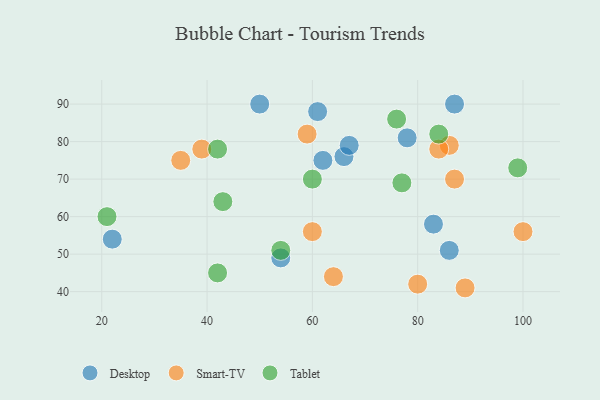
{"axis": {"x": "GDP", "y": "Life Expectancy"}, "legend": ["Desktop", "Smart-TV", "Tablet"], "data": [{"x": "61", "y": 88, "type": "Desktop"}, {"x": "50", "y": 90, "type": "Desktop"}, {"x": "22", "y": 54, "type": "Desktop"}, {"x": "62", "y": 75, "type": "Desktop"}, {"x": "83", "y": 58, "type": "Desktop"}, {"x": "54", "y": 49, "type": "Desktop"}, {"x": "86", "y": 51, "type": "Desktop"}, {"x": "78", "y": 81, "type": "Desktop"}, {"x": "87", "y": 90, "type": "Desktop"}, {"x": "66", "y": 76, "type": "Desktop"}, {"x": "67", "y": 79, "type": "Desktop"}, {"x": "87", "y": 70, "type": "Smart-TV"}, {"x": "60", "y": 56, "type": "Smart-TV"}, {"x": "100", "y": 56, "type": "Smart-TV"}, {"x": "86", "y": 79, "type": "Smart-TV"}, {"x": "89", "y": 41, "type": "Smart-TV"}, {"x": "64", "y": 44, "type": "Smart-TV"}, {"x": "35", "y": 75, "type": "Smart-TV"}, {"x": "80", "y": 42, "type": "Smart-TV"}, {"x": "59", "y": 82, "type": "Smart-TV"}, {"x": "39", "y": 78, "type": "Smart-TV"}, {"x": "84", "y": 78, "type": "Smart-TV"}, {"x": "77", "y": 69, "type": "Tablet"}, {"x": "84", "y": 82, "type": "Tablet"}, {"x": "21", "y": 60, "type": "Tablet"}, {"x": "43", "y": 64, "type": "Tablet"}, {"x": "76", "y": 86, "type": "Tablet"}, {"x": "54", "y": 51, "type": "Tablet"}, {"x": "60", "y": 70, "type": "Tablet"}, {"x": "99", "y": 73, "type": "Tablet"}, {"x": "42", "y": 45, "type": "Tablet"}, {"x": "42", "y": 78, "type": "Tablet"}]}